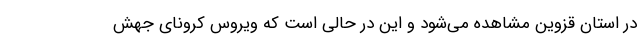
در استان قزوین مشاهده می‌شود و این در حالی است که ویروس کرونای جهش